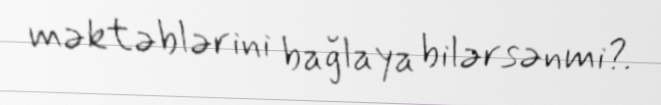
məktəblərini bağlaya bilərsənmi?.